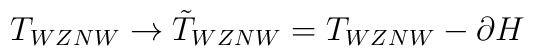
T_{WZNW} \rightarrow \tilde{T}_{WZNW} = T_{WZNW} - \partial H